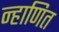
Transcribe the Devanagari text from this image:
न्हाणित